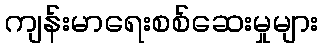
ကျန်းမာရေးစစ်ဆေးမှုများ